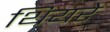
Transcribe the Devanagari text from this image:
थियरे